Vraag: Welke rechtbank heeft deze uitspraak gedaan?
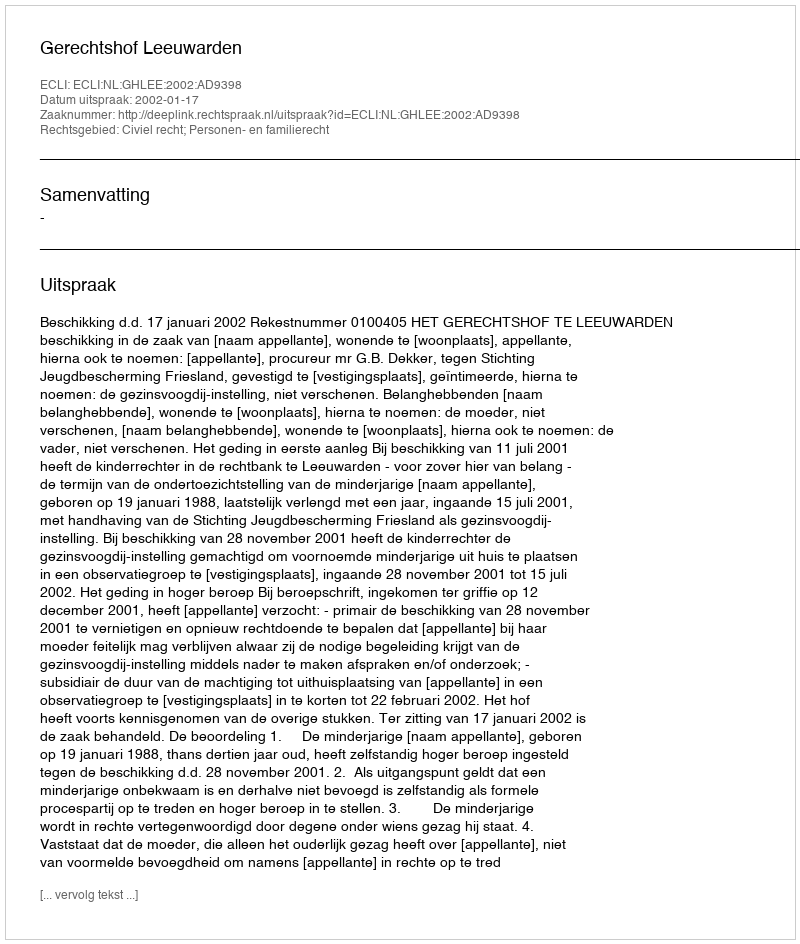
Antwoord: Gerechtshof Leeuwarden